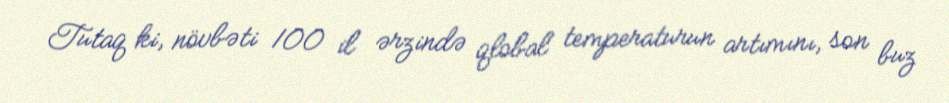
Tutaq ki, növbəti 100 il ərzində qlobal temperaturun artımını, son buz